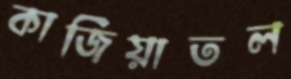
কাজিয়াতল